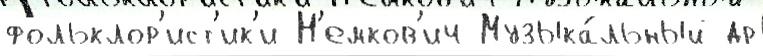
фольклор'ист'ик'и Н'емков'ич Музыка́льный др